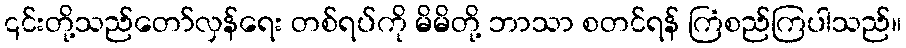
၎င်းတို့သည်တော်လှန်ရေး တစ်ရပ်ကို မိမိတို့ ဘာသာ စတင်ရန် ကြံစည်ကြပါသည်။